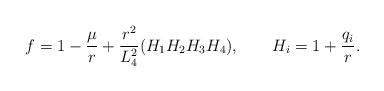
LaTeX: \begin{align*}f=1-\frac{\mu}{r}+\frac{r^2}{L_4^2}(H_1H_2H_3H_4), ~~~~~~H_i=1+\frac{q_i}{r}.\end{align*}